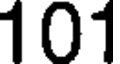
101